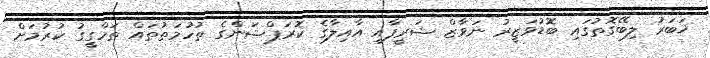
ޚަބަރު ލިބޭގޮތުގައި ބޮޑުވަޒީރު ނަވާޒް ޝަރީފާއި އާއިލާގެ ކޮރަޕްޝަންގެ ތުހުމަތުތައް ތަހްގީގު ކުރުމަށް